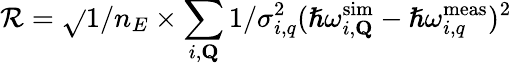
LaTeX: \mathcal{R}=\sqrt{}{{1/n_{E}\times\sum_{i,\mathbf{{Q}}}1/\sigma_{i,q}^{2}(\hslash\omega_{i,\mathbf{{Q}}}^{\mathrm{{sim}}}-\hslash\omega_{i,q}^{\mathrm{{meas}}})^{2}}}